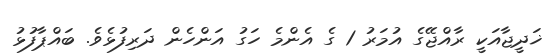
ޚަދީޖާއަކީ ރާއްޖޭގެ އުމަރު 1 ގެ އެންމެ ހަގު އަންހެން ދަރިފުޅެވެ. ބައްޕާފުޅު